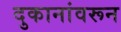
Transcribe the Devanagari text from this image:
दुकानांवरून